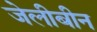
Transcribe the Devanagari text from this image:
जेलीबीन